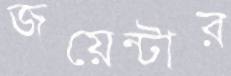
জয়েন্টার